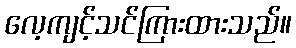
လေ့ကျင့်သင်ကြားထားသည်။